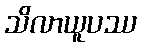
သိလာယူပဿ